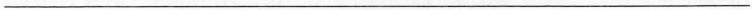
___